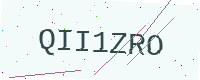
Text: QII1ZRO